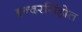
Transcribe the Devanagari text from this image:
इन्दरसिंहोत